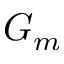
G _ { m }